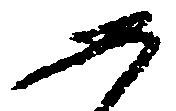
如